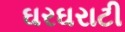
ઘરઘરાટી